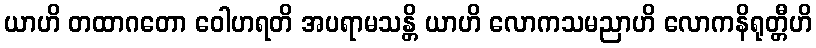
ယာဟိ တထာဂတော ဝေါဟရတိ အပရာမသန္တိ ယာဟိ လောကသမညာဟိ လောကနိရုတ္တီဟိ